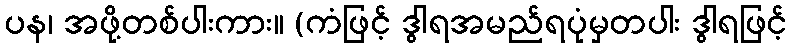
ပန၊ အဖို့တစ်ပါးကား။ (ကံဖြင့် ဒွါရအမည်ရပုံမှတပါး ဒွါရဖြင့်